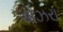
એઝરા